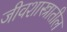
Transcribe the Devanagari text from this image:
जीवशास्त्रातील